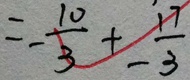
= - \frac { 1 0 } { 3 } + \frac { 1 7 } { - 3 }